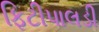
ફિટીપાલડી